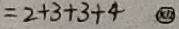
= 2 + 3 + 3 + 4 \textcircled { x 1 2 }